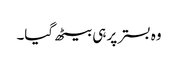
وہ بستر پر ہی بیٹھ گیا۔